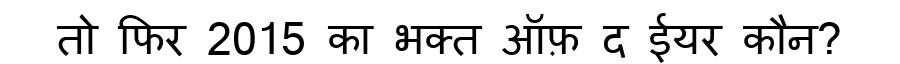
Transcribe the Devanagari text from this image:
तो फिर 2015 का भक्त ऑफ़ द ईयर कौन?